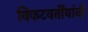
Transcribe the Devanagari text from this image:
निकटवर्तीयांनी